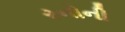
રનોની